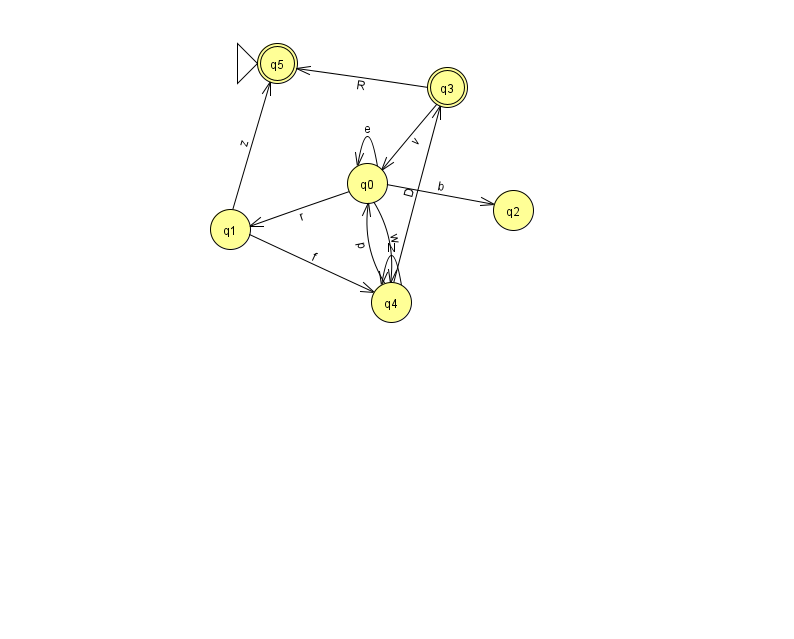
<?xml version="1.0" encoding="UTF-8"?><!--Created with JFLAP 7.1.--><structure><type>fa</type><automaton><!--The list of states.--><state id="0" name="q0"><x>367.0</x><y>170.0</y></state><state id="1" name="q1"><x>230.0</x><y>216.0</y></state><state id="2" name="q2"><x>513.0</x><y>197.0</y></state><state id="3" name="q3"><x>447.0</x><y>74.0</y><final/></state><state id="4" name="q4"><x>391.0</x><y>289.0</y></state><state id="5" name="q5"><x>277.0</x><y>50.0</y><initial/><final/></state><!--The list of transitions.--><transition><from>1</from><to>4</to><read>f</read></transition><transition><from>0</from><to>0</to><read>e</read></transition><transition><from>3</from><to>0</to><read>v</read></transition><transition><from>0</from><to>2</to><read>b</read></transition><transition><from>1</from><to>5</to><read>z</read></transition><transition><from>4</from><to>0</to><read>p</read></transition><transition><from>0</from><to>4</to><read>w</read></transition><transition><from>0</from><to>1</to><read>r</read></transition><transition><from>3</from><to>5</to><read>R</read></transition><transition><from>4</from><to>4</to><read>N</read></transition><transition><from>4</from><to>3</to><read>D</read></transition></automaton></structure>